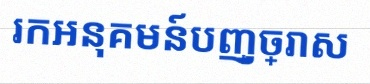
រកអនុគមន៍បញ្ច្រាស